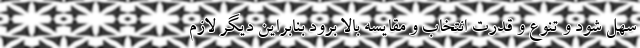
سهل شود و تنوع و قدرت انتخاب و مقایسه بالا برود بنابراین دیگر لازم